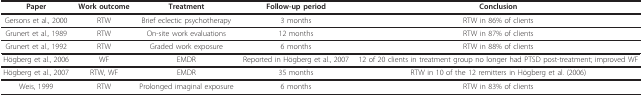
<table><thead><tr><td><b>Paper</b></td><td><b>Work outcome</b></td><td><b>Treatment</b></td><td><b>Follow-up period</b></td><td><b>Conclusion</b></td></tr></thead><tbody><tr><td>Gersons et al., 2000</td><td>RTW</td><td>Brief eclectic psychotherapy</td><td>3 months</td><td>RTW in 86% of clients</td></tr><tr><td>Grunert et al., 1989</td><td>RTW</td><td>On-site work evaluations</td><td>12 months</td><td>RTW in 87% of clients</td></tr><tr><td>Grunert et al., 1992</td><td>RTW</td><td>Graded work exposure</td><td>6 months</td><td>RTW in 88% of clients</td></tr><tr><td>Högberg et al., 2006</td><td>WF</td><td>EMDR</td><td>Reported in Högberg et al., 2007</td><td>12 of 20 clients in treatment group no longer had PTSD post-treatment; improved WF</td></tr><tr><td>Högberg et al., 2007</td><td>RTW, WF</td><td>EMDR</td><td>35 months</td><td>RTW in 10 of the 12 remitters in Högberg et al. (2006)</td></tr><tr><td>Weis, 1999</td><td>RTW</td><td>Prolonged imaginal exposure</td><td>6 months</td><td>RTW in 83% of clients</td></tr></tbody></table>